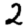
Digit: 2